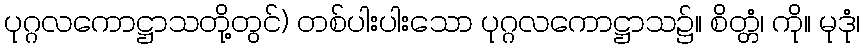
ပုဂ္ဂလကောဋ္ဌာသတို့တွင်) တစ်ပါးပါးသော ပုဂ္ဂလကောဋ္ဌာသ၌။ စိတ္တံ၊ ကို။ မုဒုံ၊